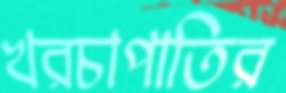
খরচাপাতির